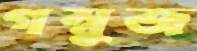
গম্বুজ